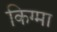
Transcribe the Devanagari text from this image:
किग्मा